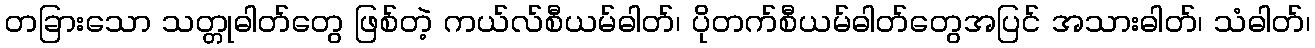
တခြားသော သတ္တုဓါတ်တွေ ဖြစ်တဲ့ ကယ်လ်စီယမ်ဓါတ်၊ ပိုတက်စီယမ်ဓါတ်တွေအပြင် အသားဓါတ်၊ သံဓါတ်၊